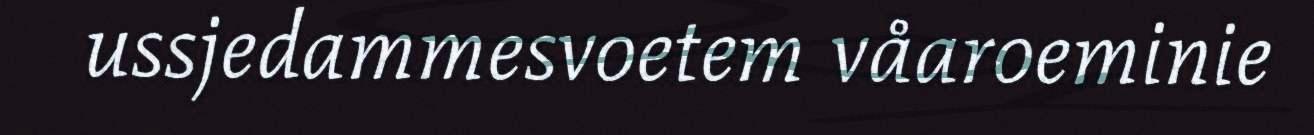
ussjedammesvoetem våaroeminie